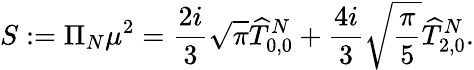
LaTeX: S:=\Pi_{N}\mu^{2}=\frac{2i}{3}\sqrt{\pi}\widehat{T}_{0,0}^{N}+\frac{4i}{3}\sqrt{\frac{\pi}{5}}\widehat{T}_{2,0}^{N}.